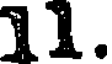
11.